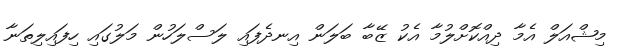
މިޝްއަލް އެމާ ދިއްކޮށްލުމާ އެކު ޒޭބާ ބަލަން އިނދެފައި ލަސްލަހުން މަލުގައި ހިފައިލިތަނާ